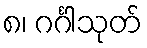
၈၊ ဂင်္ဂါသုတ်